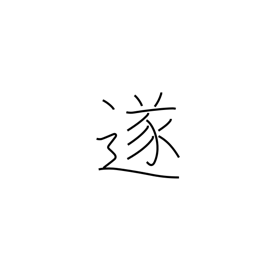
Meaning: consummate